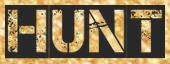
HUNT